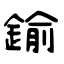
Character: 鍮